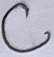
Text: C